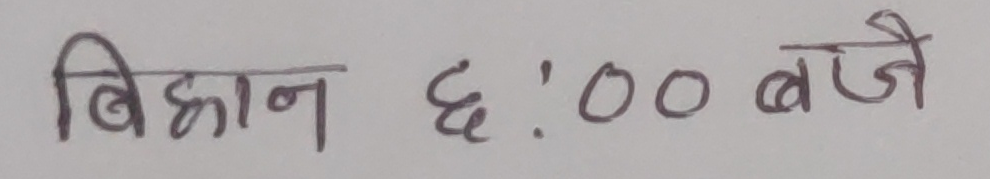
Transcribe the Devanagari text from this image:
बिहान ६:०० बजे